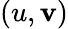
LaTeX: (u,\mathbf{v})